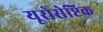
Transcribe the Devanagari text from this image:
यूरोसेप्टिक